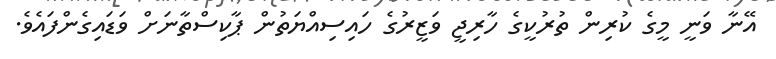
އޭނާ ވަނީ މީގެ ކުރިން ތުރުކީގެ ހާރިޖީ ވަޒީރުގެ ހައިސިއްޔަތުން ޕާކިސްތާނަށް ވަޑައިގެންފައެވެ.